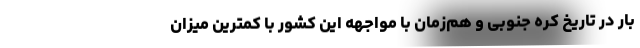
بار در تاریخ کره جنوبی و هم‌زمان با مواجهه این کشور با کمترین میزان